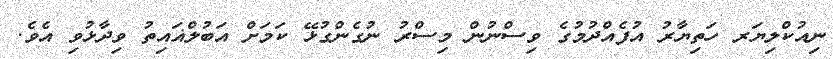
ނިއުކްލިޔަރ ހަތިޔާރު އުފެއްދުމުގެ ވިސްނުން މިސްރު ނުގެންގުޅޭ ކަމަށް އަބުލްޣައިތު ވިދާޅުވި އެވެ.